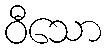
ဝီသော